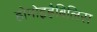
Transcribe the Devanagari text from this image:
होमोइहैबिलिस